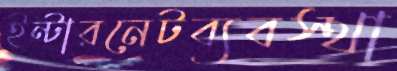
ইন্টারনেটব্যবস্থা